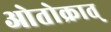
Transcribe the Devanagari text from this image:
ओतोक्रात्